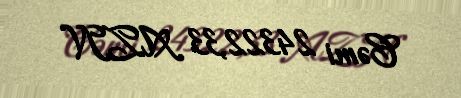
Cəmi 24322,33 AZN